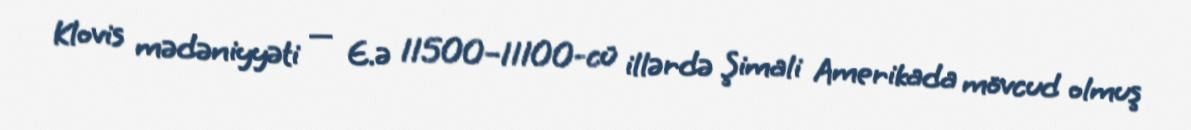
Klovis mədəniyyəti — E.ə 11500–11100-cü illərdə Şimali Amerikada mövcud olmuş